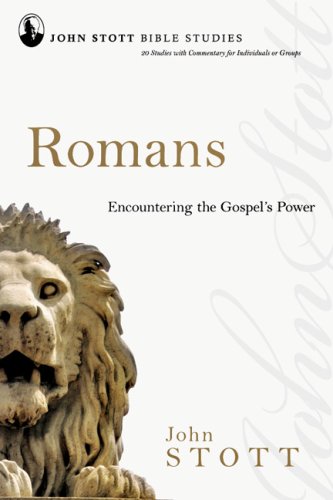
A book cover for Romans: Encountering the Gospel's Power (John Stott Bible Studies); John Stott; Christian Books & Bibles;